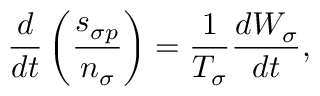
\frac { d } { d t } \left( \frac { s _ { \sigma p } } { n _ { \sigma } } \right) = \frac { 1 } { { \cal T } _ { \sigma } } \frac { d { \cal W } _ { \sigma } } { d t } ,